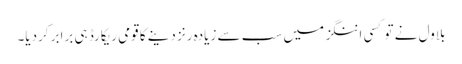
بلاول نے تو کسی اننگز میں سب سے زیادہ رنز دینے کا قومی ریکارڈ ہی برابر کردیا۔